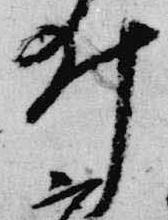
井